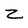
Character: z